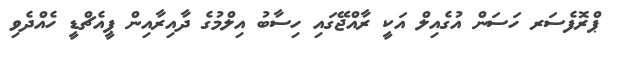
ޕްރޮފެސަރ ހަސަން އުގެއިލް އަކީ ރާއްޖޭގައި ހިސާބު އިލްމުގެ ދާއިރާއިން ޕީއެޗްޑީ ހެއްދެވި